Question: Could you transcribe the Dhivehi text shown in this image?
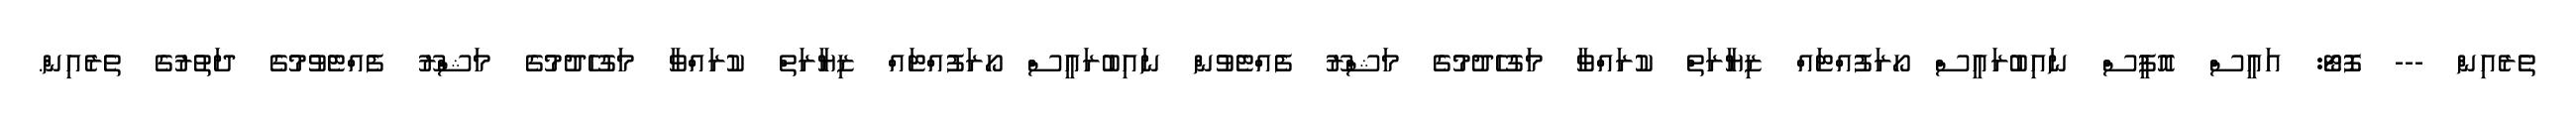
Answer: ތެރެއިން --- ފޮޓޯ: އައީސް އޮފީސް ނައިބުރައީސް ހޯރަފުއްޓައް ޒިޔާރަތް ކުރައްވާ މަގުހެދުމުގެ މަޝްރޫ ފެއްޓެވުން ނައިބުރައީސް ހޯރަފުއްޓައް ޒިޔާރަތް ކުރައްވާ މަގުހެދުމުގެ މަޝްރޫ ފެއްޓެވުމުގެ ދަތުރުގެ ތެރެއިން.